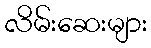
လိမ်းဆေးများ